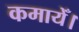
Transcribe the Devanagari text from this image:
कमायेँ।